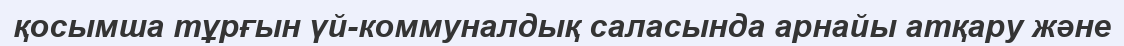
қосымша тұрғын үй-коммуналдық саласында арнайы атқару және